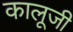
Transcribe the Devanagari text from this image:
कालूजी